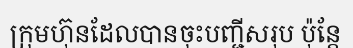
ក្រុមហ៊ុនដែលបានចុះបញ្ជីសរុប ប៉ុន្តែ